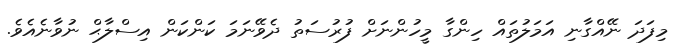
މިފަދަ ނޭއްގާނި އަމަލުތައް ހިންގާ މީހުންނަށް ފުރުސަތު ދެވޭނަމަ ކަންކަން އިސްލާޙް ނުވާނެއެވެ.